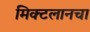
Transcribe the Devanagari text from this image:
मिक्टलानचा